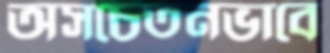
অসচেতনভাবে